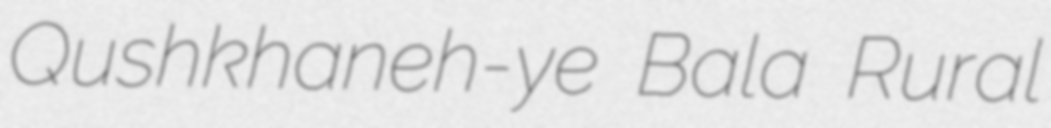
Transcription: Qushkhaneh-ye Bala Rural